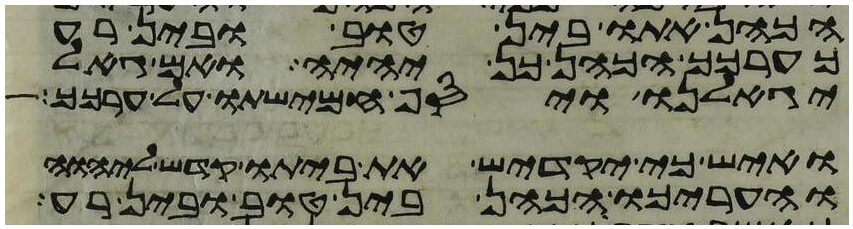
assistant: הכהן אתו בין טוב ובין רע
כערכך הכהן כן יהיה ואם גאל
יגאלנו ויסף חמישתו על ערכך
ואיש כי יקדיש את ביתו קדש ליהוה
והעריכו הכהן בין טוב ובין רע